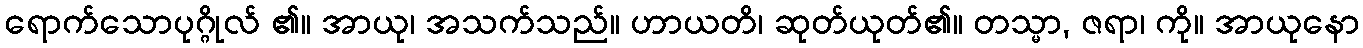
ရောက်သောပုဂ္ဂိုလ် ၏။ အာယု၊ အသက်သည်။ ဟာယတိ၊ ဆုတ်ယုတ်၏။ တသ္မာ, ဇရာ၊ ကို။ အာယုနော